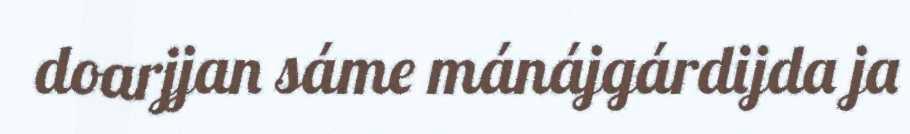
doarjjan sáme mánájgárdijda ja